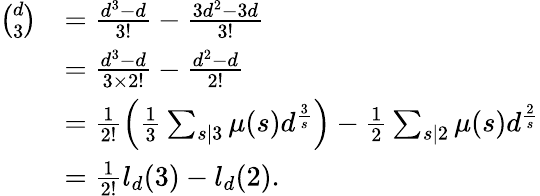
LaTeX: \begin{array}{rl}{{\binom{d}{3}}}&{=\frac{d^{3}-d}{3!}-\frac{3d^{2}-3d}{3!}}\\ &{=\frac{d^{3}-d}{3\times 2!}-\frac{d^{2}-d}{2!}}\\ &{=\frac{1}{2!}\left(\frac{1}{3}\sum_{s|3}\mu(s)d^{\frac{3}{s}}\right)-\frac{1}{2}\sum_{s|2}\mu(s)d^{\frac{2}{s}}}\\ &{=\frac{1}{2!}l_{d}(3)-l_{d}(2).}\end{array}